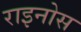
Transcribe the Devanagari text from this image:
राइनोस